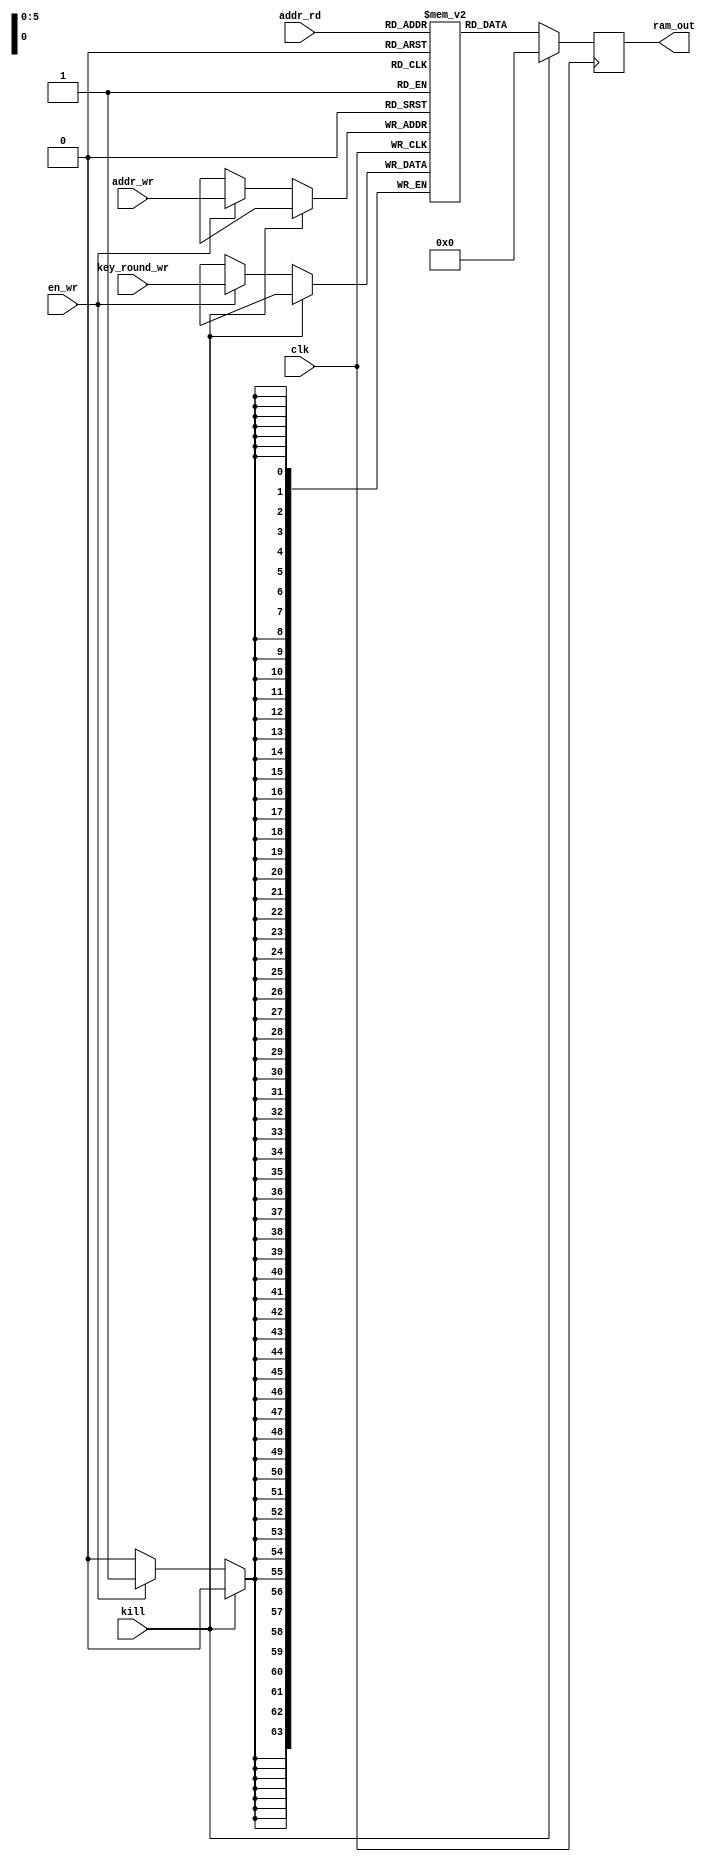
/**************************************************************************************************
 *                                                                                                *
 *                                                                                                *
 **************************************************************************************************
 *                                                                                                *
 *  Description:                                                                                  *
 *                                                                                                *
 *  Block KeyRam 2 key_set - 64 bit input write                                                   *
 *                                                                                                *
 **************************************************************************************************
 *    Synthesis in Vivado:                                                                        *
 *   			LUT:	1								  *
 *			FF:	0								  *
 *			BRAM:	1								  *
 **************************************************************************************************
 *  Verilog code                                                                                  *
 **************************************************************************************************/

(* keep_hierarchy = "yes" *)

module aes_128_keyram_mem_2key (
	/* inputs */
	input			clk,
	input			kill,
	input			en_wr,
	input		[5:0]	addr_wr,
	input		[5:0]	addr_rd,
	input		[63:0]	key_round_wr,

	/* outputs */
	output	reg	[63:0]	ram_out
	);

/**************************************************************************************************
*        PARAMETERS
 **************************************************************************************************/
parameter LENGTH_RAM = 64;

/**************************************************************************************************
 *      LOCAL WIRES, REGS                                                                         *
 **************************************************************************************************/
reg	[63:0]		ram [LENGTH_RAM-1:0];

/**************************************************************************************************
 *            INITIAL                                                                             *
 **************************************************************************************************/
initial
begin
	//ram buffer 0
	ram[0] <= 64'h0706050403020100;		ram[1] <= 64'h0f0e0d0c0b0a0908;		ram[2] <= 64'hfa72afd2fd74aad6;		ram[3] <= 64'hfe76abd6f178a6da;
	ram[4] <= 64'hf1bd3d640bcf92b6;		ram[5] <= 64'hfeb3306800c59bbe;		ram[6] <= 64'hbfc9c2d24e74ffb6;		ram[7] <= 64'h41bf6904bf0c596c;
	ram[8] <= 64'h033e3595bcf7f747;		ram[9] <= 64'hfd8d05fdbc326cf9;		ram[10] <= 64'heb9d9fa9e8a3aa3c;	ram[11] <= 64'haa22f6ad57aff350;
	ram[12] <= 64'h9692a6f77d0f395e;	ram[13] <= 64'h6b1fa30ac13d55a7;	ram[14] <= 64'h8ce25fe31a70f914;	ram[15] <= 64'h26c0a94e4ddf0a44;
	ram[16] <= 64'hb9651ca435874347;	ram[17] <= 64'hd27abfaef4ba16e0;	ram[18] <= 64'h685785f0d1329954;	ram[19] <= 64'h4e972cbe9ced9310;
	ram[20] <= 64'h174a94e37f1d1113;	ram[21] <= 64'hc5302b4d8ba707f3;		

	//ram buffer 1
	ram[22] <= 64'h0706050403020100;	ram[23] <= 64'h0f0e0d0c0b0a0908;	ram[24] <= 64'hfa72afd2fd74aad6;	ram[25] <= 64'hfe76abd6f178a6da;
	ram[26] <= 64'hf1bd3d640bcf92b6;	ram[27] <= 64'hfeb3306800c59bbe;	ram[28] <= 64'hbfc9c2d24e74ffb6;	ram[29] <= 64'h41bf6904bf0c596c;
	ram[30] <= 64'h033e3595bcf7f747;	ram[31] <= 64'hfd8d05fdbc326cf9;	ram[32] <= 64'heb9d9fa9e8a3aa3c;	ram[33] <= 64'haa22f6ad57aff350;
	ram[34] <= 64'h9692a6f77d0f395e;	ram[35] <= 64'h6b1fa30ac13d55a7;	ram[36] <= 64'h8ce25fe31a70f914;	ram[37] <= 64'h26c0a94e4ddf0a44;
	ram[38] <= 64'hb9651ca435874347;	ram[39] <= 64'hd27abfaef4ba16e0;	ram[40] <= 64'h685785f0d1329954;	ram[41] <= 64'h4e972cbe9ced9310;
	ram[42] <= 64'h174a94e37f1d1113;	ram[43] <= 64'hc5302b4d8ba707f3;		

end
/**************************************************************************************************
 *      LOGIC                                                                                     *
 **************************************************************************************************/
//ram
always @(posedge clk)
begin
	if (kill)
		ram_out <= 64'b0;
	else 
	begin
		if (en_wr)
			ram[addr_wr] <= key_round_wr;
		ram_out <= ram[addr_rd];
	end
end

/**************************************************************************************************/
endmodule